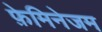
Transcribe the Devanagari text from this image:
फ़ेमिनेजम